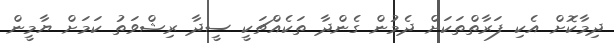
ދިމާކޮށް އެކި ފަރާތްތަކަށް ދެމުން ގެންދާ ތަކެއްޗަކީ ސީދާ ރިޝްވަތު ކަމަށް ޔާމީން